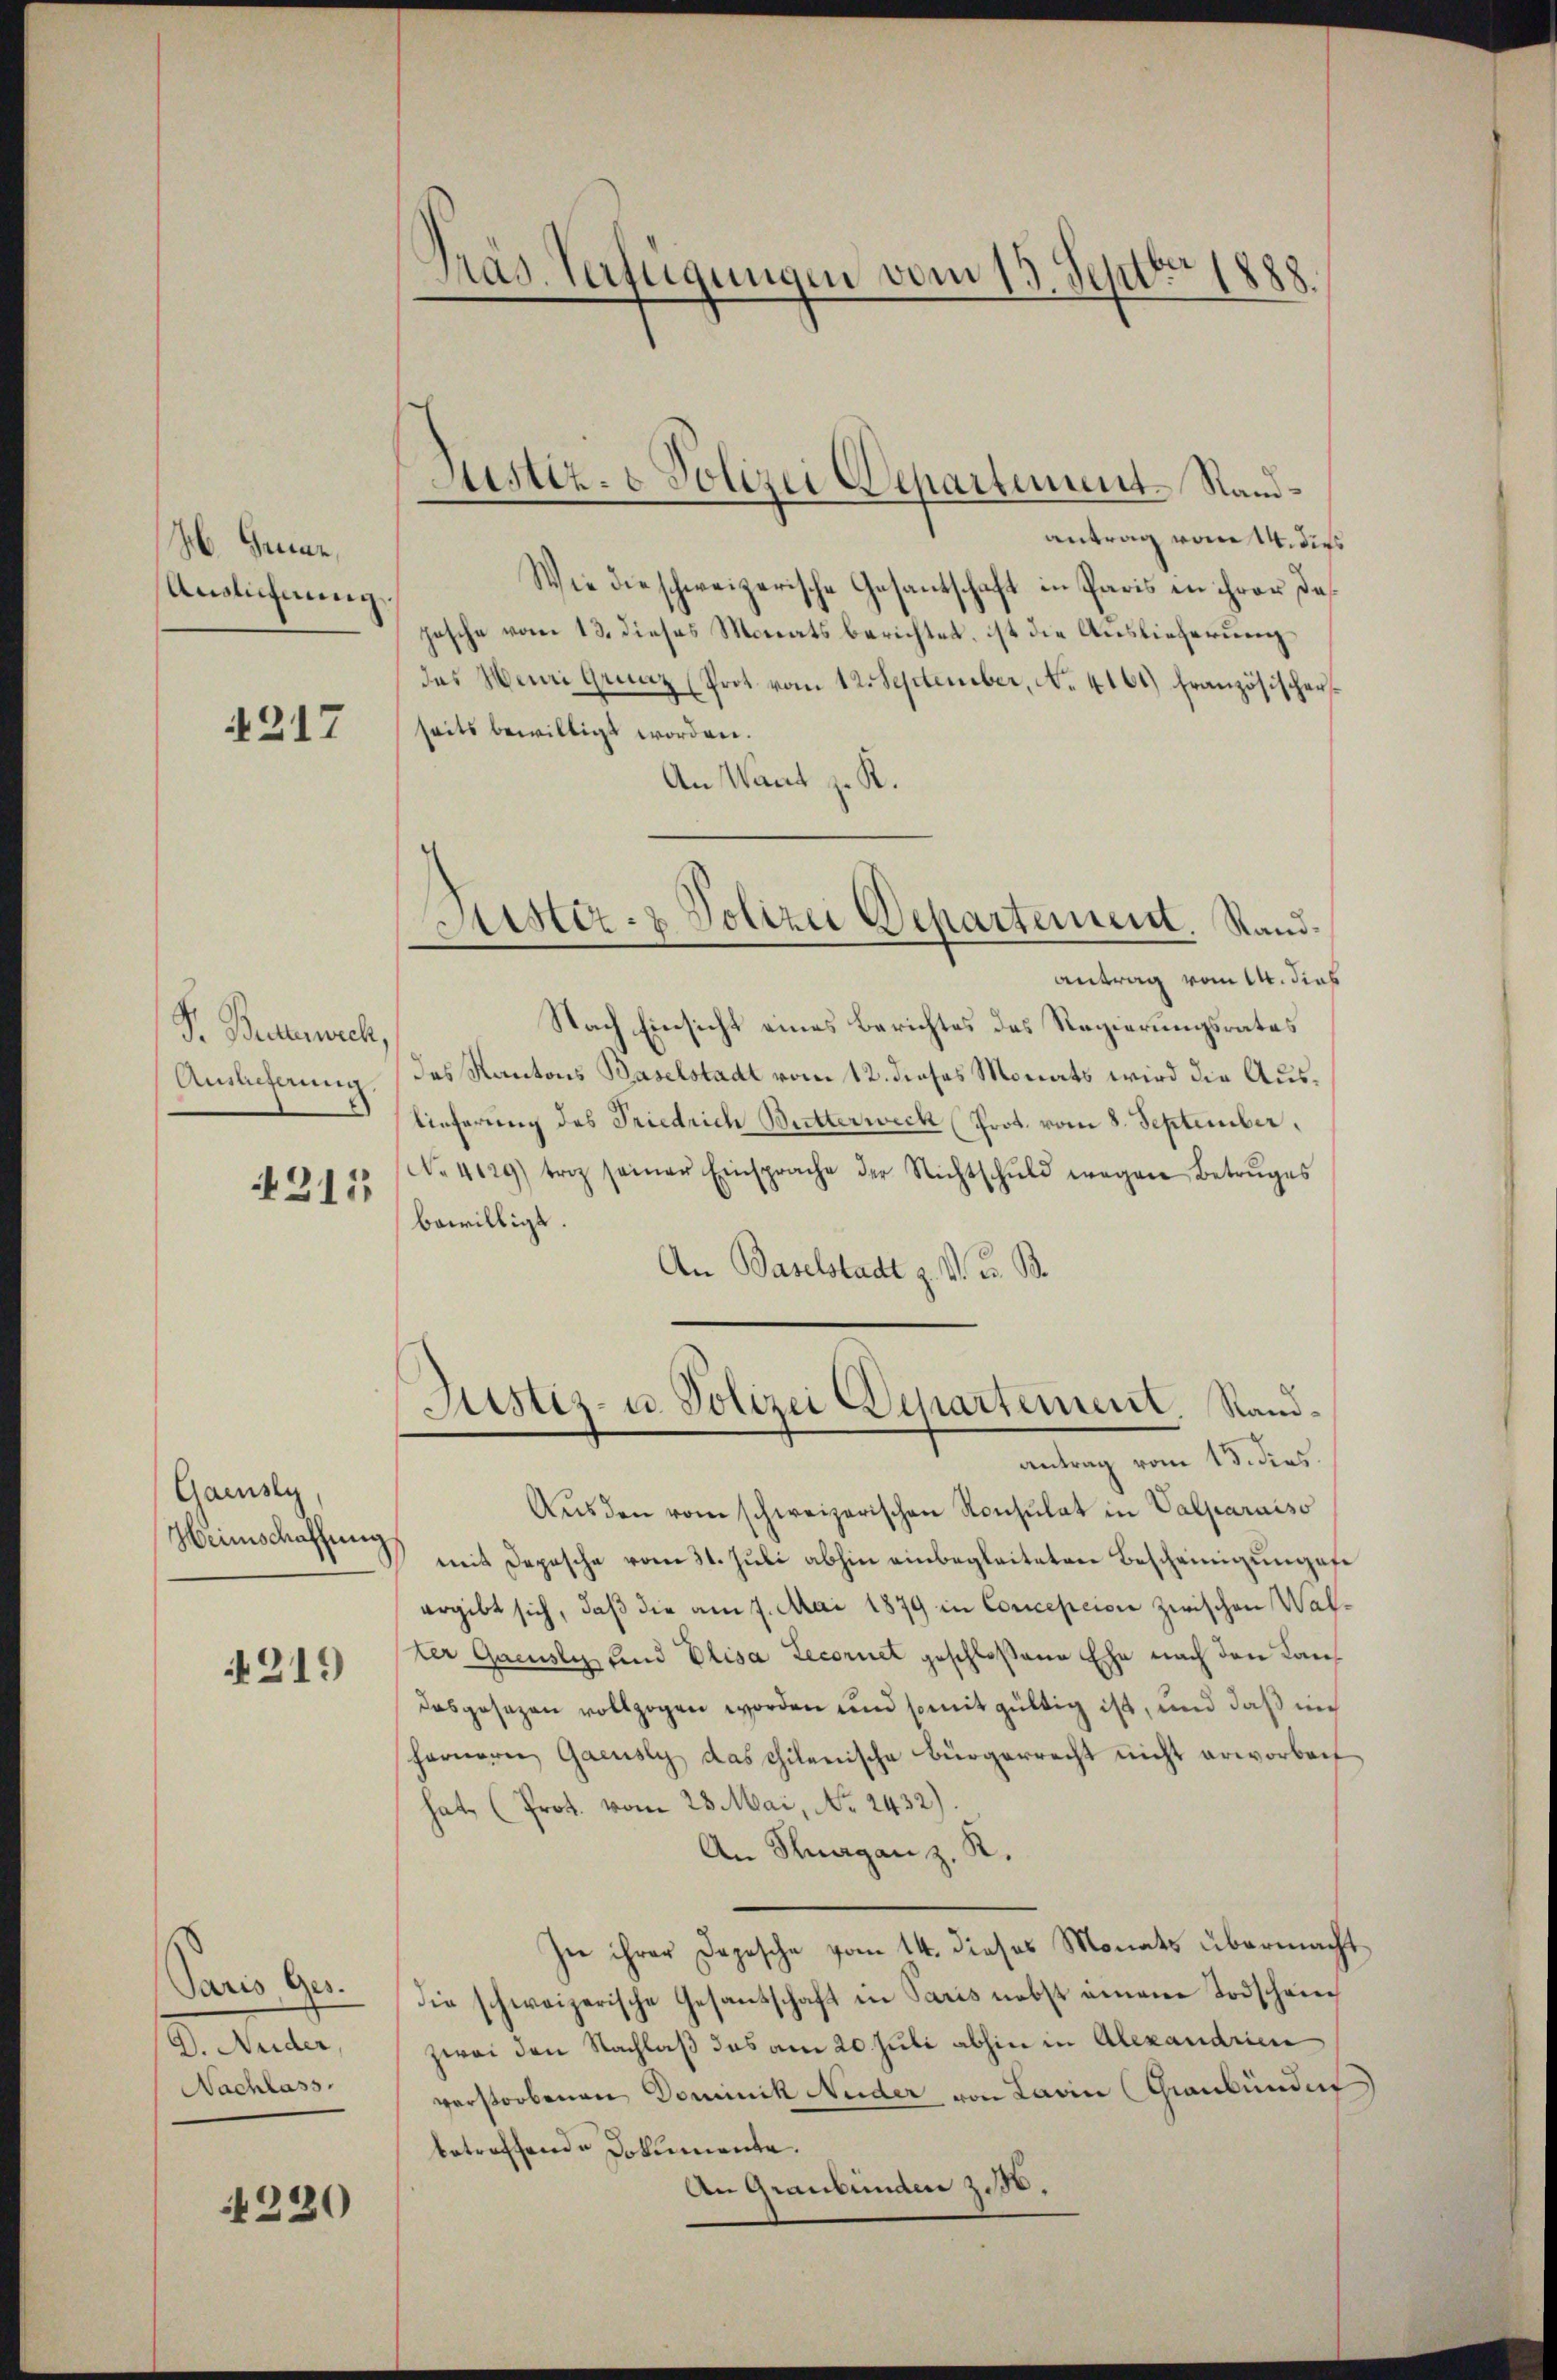
M. Gene
Anglichnung

4217

Pr. Bechenorch,
Antlicherung.
211

Gaensy
Heimschaffung

219

Paris Ges.
D. Nuder,
Nachlass.

220

Prag. Verfügungen vom 15. Sept. 1888.

Justiz- & Polizei Departement. Sand¬

Fister- & Polizei Departement. Sand¬

antrag vom 14. dies
Wie die schweizerische Gesantschaft in Paris in ihrer da
pesche vom 13. dieses Monats berichtet, ist die Auslieferung
das Henni Grenz (Prot. vom 12. September, No. 4161) französischer
seits bewilligt worden.
An Wand z. K.
Nach Einsicht eines Berichtes des Regierungsrates
das Kantons Baselstadt vom 12. dieses Monats wird die Auslieferung des Friedrich Butterweck (Prot. vom 8. September,
No. 4129) triz seiner Einsprache der Nichtschŭld wegen Betruges
bewilligt.
An Baselstadt z. v. J. B.
Justiz- u. Polizei Departement. Sandantrag vom 13. dies
Aŭsden vom schweizerischen Konsulat in Valparaiso
mit Depesche vom 31. Juli abhin einbegleiteten Bescheinigungefe
ergibt sich, daß die am 7. Mai 1879 in Conception zwischen Walter Gacusly, und Elisa Lecornet geschloßene Ehe nach den Kandasgesezen vollzogen worden und somit gültig ist, und daß in
fernere Gaeusly das chilenische Bürgerrecht nicht erworben
hat, (Prot. vom 23. Mai, No. 2432)
An Knaganz. R.
sie ihrer Depesche vom 14. dieses Monats übermacht.
die schweizerische Gesandschaft in Paris nebst einem Todschein
zwei den Nachlaß das am 20. Juli abhin in Alexandrien
verstorbenen Dominik Neider von Lavin (Graubündig
betreffende Dokumente.
An Graubünden z. 36.

antrag vom 14. dies